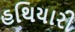
હથિયારી